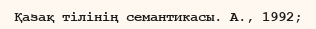
Қазақ тілінің семантикасы. А., 1992;